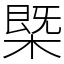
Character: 槩